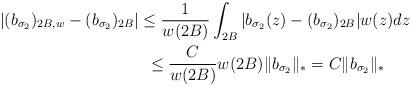
LaTeX: \begin{align*}&|(b_{\sigma_2})_{2B,w}-(b_{\sigma_2})_{2B}|\leq \frac{1}{w(2B)}\int_{2B}|b_{\sigma_2}(z)-(b_{\sigma_2})_{2B}|w(z)dz\\&\ \ \ \ \ \ \ \ \ \ \ \ \ \ \ \ \ \ \ \ \ \ \ \ \ \ \ \leq \frac{C}{w(2B)}w(2B)\|b_{\sigma_2}\|_*=C\|b_{\sigma_2}\|_*\end{align*}